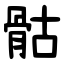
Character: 骷